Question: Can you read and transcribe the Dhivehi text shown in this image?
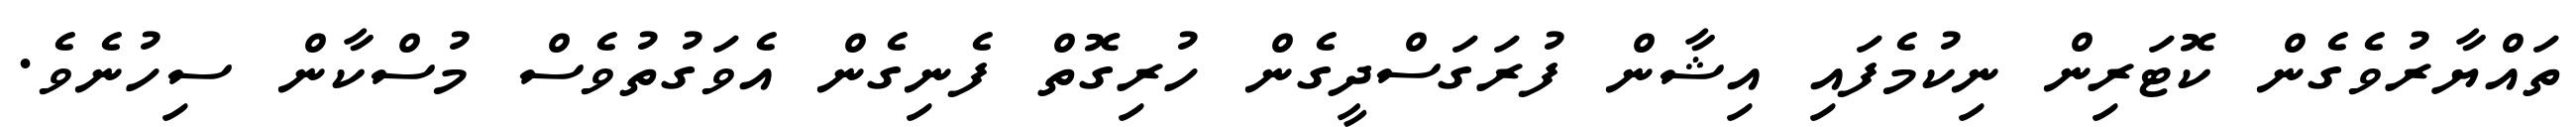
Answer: ތައްޔާރުވެގެން ކޮޓަރިން ނިކުމެފައި އިޝާން ފުރަގަސްދީގެން ހުރިގޮތް ފެނިގެން އެވަގުތުވެސް މުސްކާން ސިހުނެވެ.